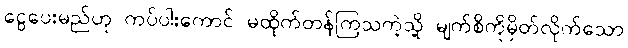
ငွေပေးမည်ဟု ကပ်ပါးကောင် မထိုက်တန်ကြသကဲ့သို့ မျက်စိကိုမှိတ်လိုက်သော